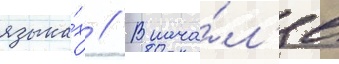
языка́х // В нача́л'е